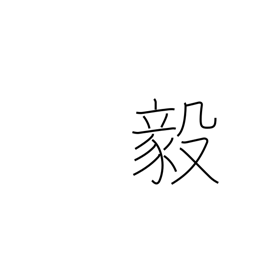
Meaning: strong